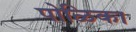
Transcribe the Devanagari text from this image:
पोळिका